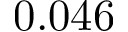
0 . 0 4 6